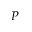
P